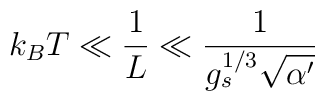
k_BT\ll \frac{1}{L} \ll\frac{1}{g_s^{1/3}\sqrt{\alpha'}}